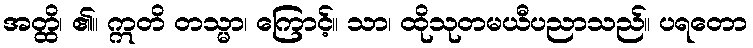
အတ္ထိ၊ ၏။ ဣတိ တသ္မာ၊ ကြောင့်။ သာ၊ ထိုသုတမယီပညာသည်။ ပရတော